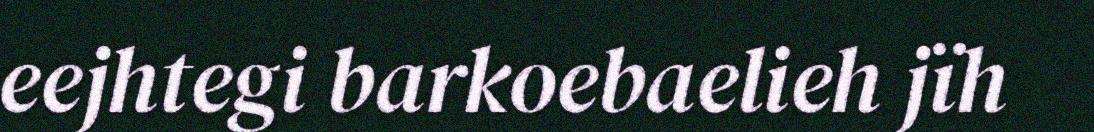
eejhtegi barkoebaelieh jïh